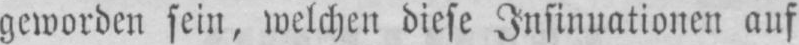
geworden sein, welchen diese Insinuationen auf